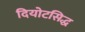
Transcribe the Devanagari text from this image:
दियोटसिद्ध